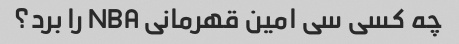
چه کسی سی امین قهرمانی NBA را برد؟